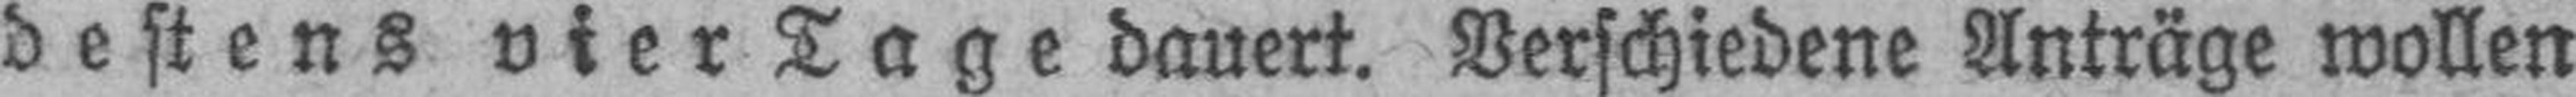
destens vier Tage dauert. Verschiedene Anträge wollen